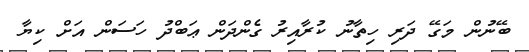
ބޭނުން މަގޭ ދަރި ހިތާނު ކުރާއިރު ގެންދަން ޢަބްދު ހަސަން އަށް ކިޔާ